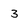
Character: 3